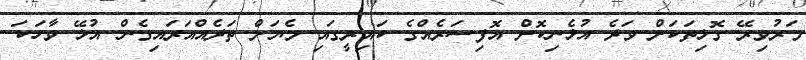
މަރުވިރޭ ގޮޅިތަކަށް ވަދެ އުޅެނިކޮށް އޮފިސަރެއްގެ ކައިރީގައި މެޔަށް ތަދެއްއަރައިގެން އުޅޭ ވާހަކަ